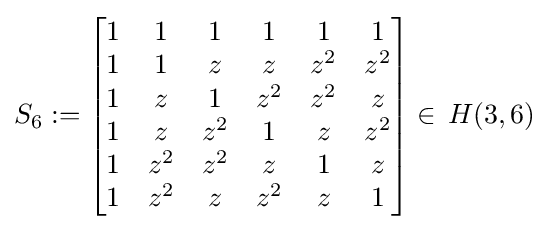
S_{6}:={\begin{bmatrix}1&1&1&1&1&1\\1&1&z&z&z^{2}&z^{2}\\1&z&1&z^{2}&z^{2}&z\\1&z&z^{2}&1&z&z^{2}\\1&z^{2}&z^{2}&z&1&z\\1&z^{2}&z&z^{2}&z&1\\\end{bmatrix}}\in \,H(3,6)